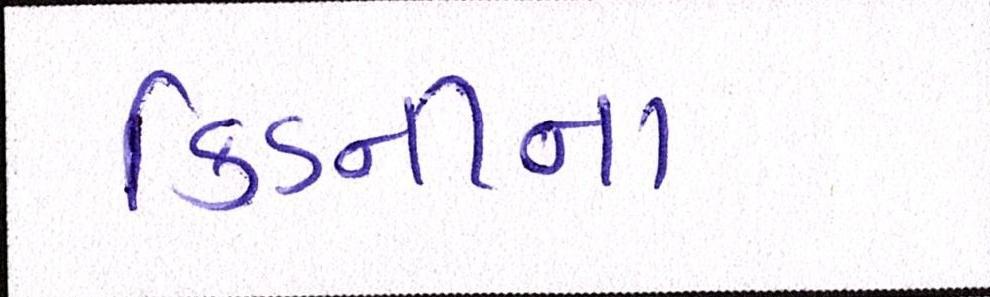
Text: કિડનીના